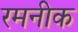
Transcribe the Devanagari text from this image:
रमनीक